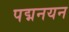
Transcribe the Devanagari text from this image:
पद्मनयन